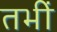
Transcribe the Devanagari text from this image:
तभीं